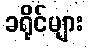
ခရိုင်များ